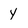
Character: y